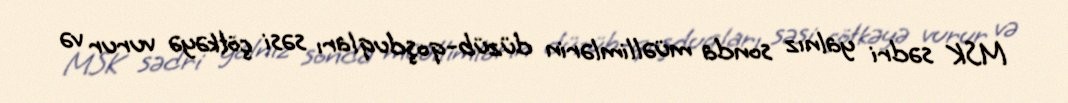
MSK sədri yalnız sonda müəllimlərin düzüb-qoşduqları səsi çötkəyə vurur və